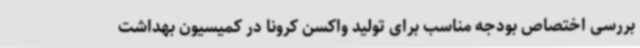
بررسی اختصاص بودجه مناسب برای تولید واکسن کرونا در کمیسیون بهداشت